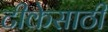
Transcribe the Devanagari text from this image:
टीकेसाठी